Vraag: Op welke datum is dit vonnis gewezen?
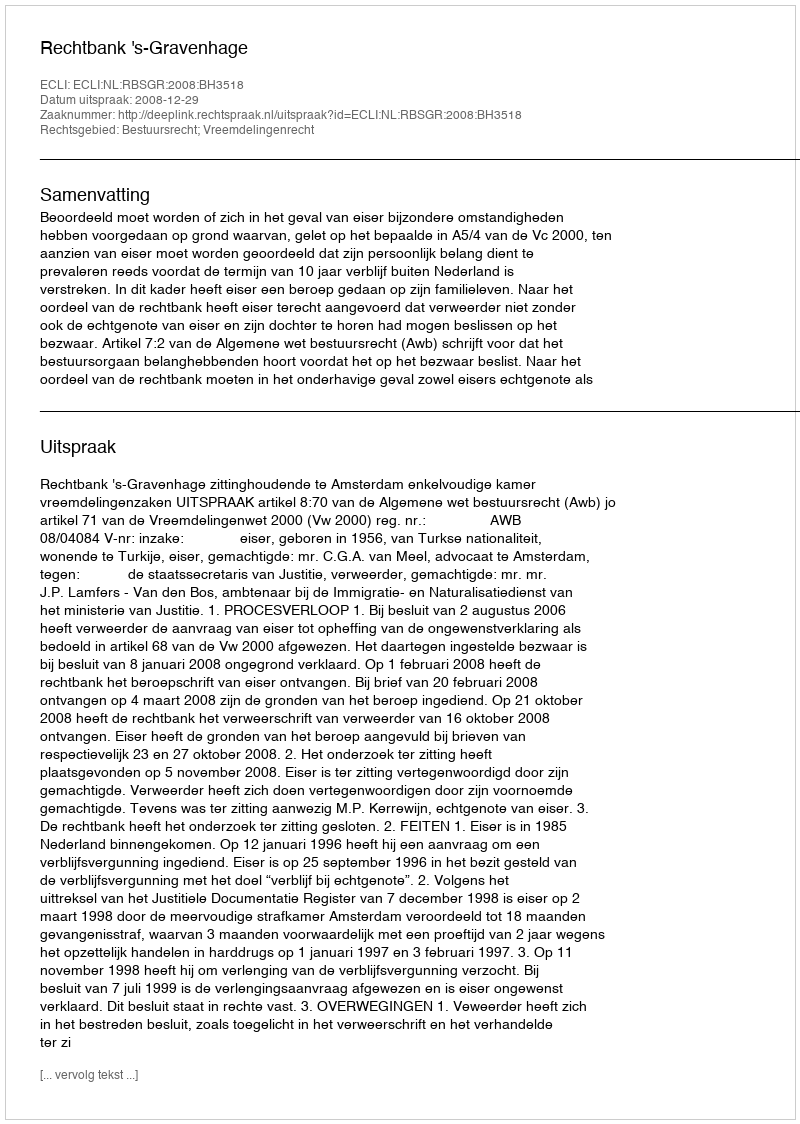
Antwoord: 2008-12-29